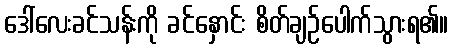
ဒေါ်လေးခင်သန်းကို ခင်နှောင်း စိတ်ချဉ်ပေါက်သွားရ၏။